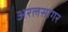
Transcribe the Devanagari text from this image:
अरलसागर